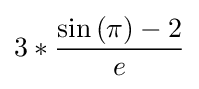
3*{\frac {\sin {(\pi )}-2}{e}}